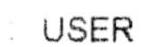
: USER